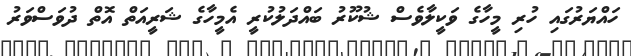
ހައްޔަރުގައި ހުރި މީހާގެ ވަކީލާވެސް ޝުކޫރު ބައްދަލުކުރީ އެމީހާގެ ޝަރީއަތް އޮތް ދުވަސްވަރު